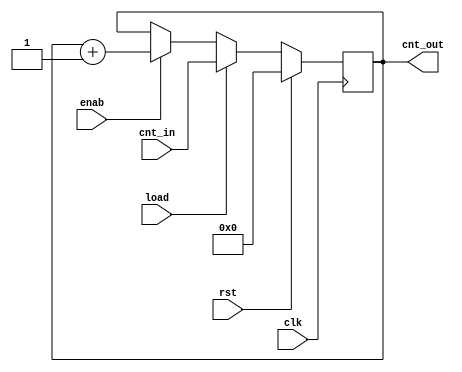
module counter
#(
  parameter integer WIDTH=5
 )
 (
  input  wire clk  ,
  input  wire rst  ,
  input  wire load ,
  input  wire enab ,
  input  wire [WIDTH-1:0] cnt_in ,
  output reg  [WIDTH-1:0] cnt_out 
 );

  reg [WIDTH-1:0] cnt_tmp;

  always @*
    if ( rst  ) cnt_tmp = 0; else
    if ( load ) cnt_tmp = cnt_in; else
    if ( enab ) cnt_tmp = cnt_out + 1; else
                cnt_tmp = cnt_out;

  always @(posedge clk)
    cnt_out <= cnt_tmp;

endmodule